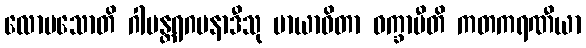
လောမသောတိ ဂါမန္တရဂမနာဒီသု မာယာဝိတာ ဝက္ခာမီတိ ကတကရဏီယာ